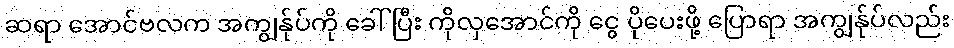
ဆရာ အောင်ဗလက အကျွန်ုပ်ကို ခေါ်ပြီး ကိုလှအောင်ကို ငွေ ပိုပေးဖို့ ပြောရာ အကျွန်ုပ်လည်း